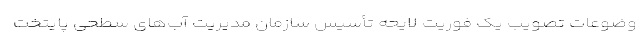
وضوعات تصویب یک فوریت لایحه تأسیس سازمان مدیریت آب‌های سطحی پایتخت